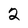
Character: 2